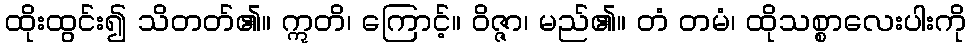
ထိုးထွင်း၍ သိတတ်၏။ ဣတိ၊ ကြောင့်။ ဝိဇ္ဇာ၊ မည်၏။ တံ တမံ၊ ထိုသစ္စာလေးပါးကို